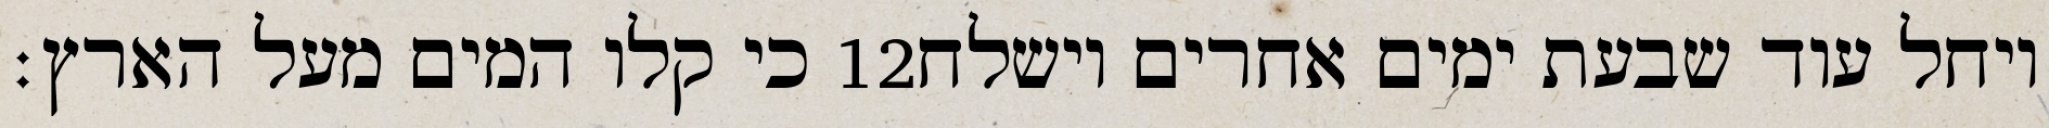
כי קלו המים מעל הארץ׃ ‎12‏ ויחל עוד שבעת ימים אחרים וישלח